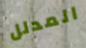
المدلل